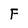
Character: F